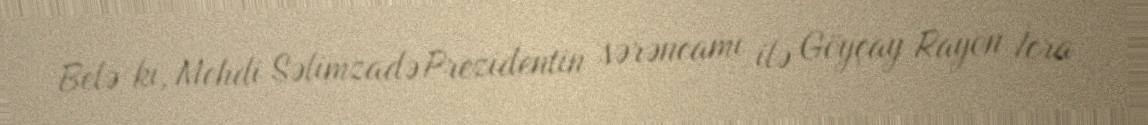
Belə ki, Mehdi Səlimzadə Prezidentin sərəncamı ilə Göyçay Rayon İcra